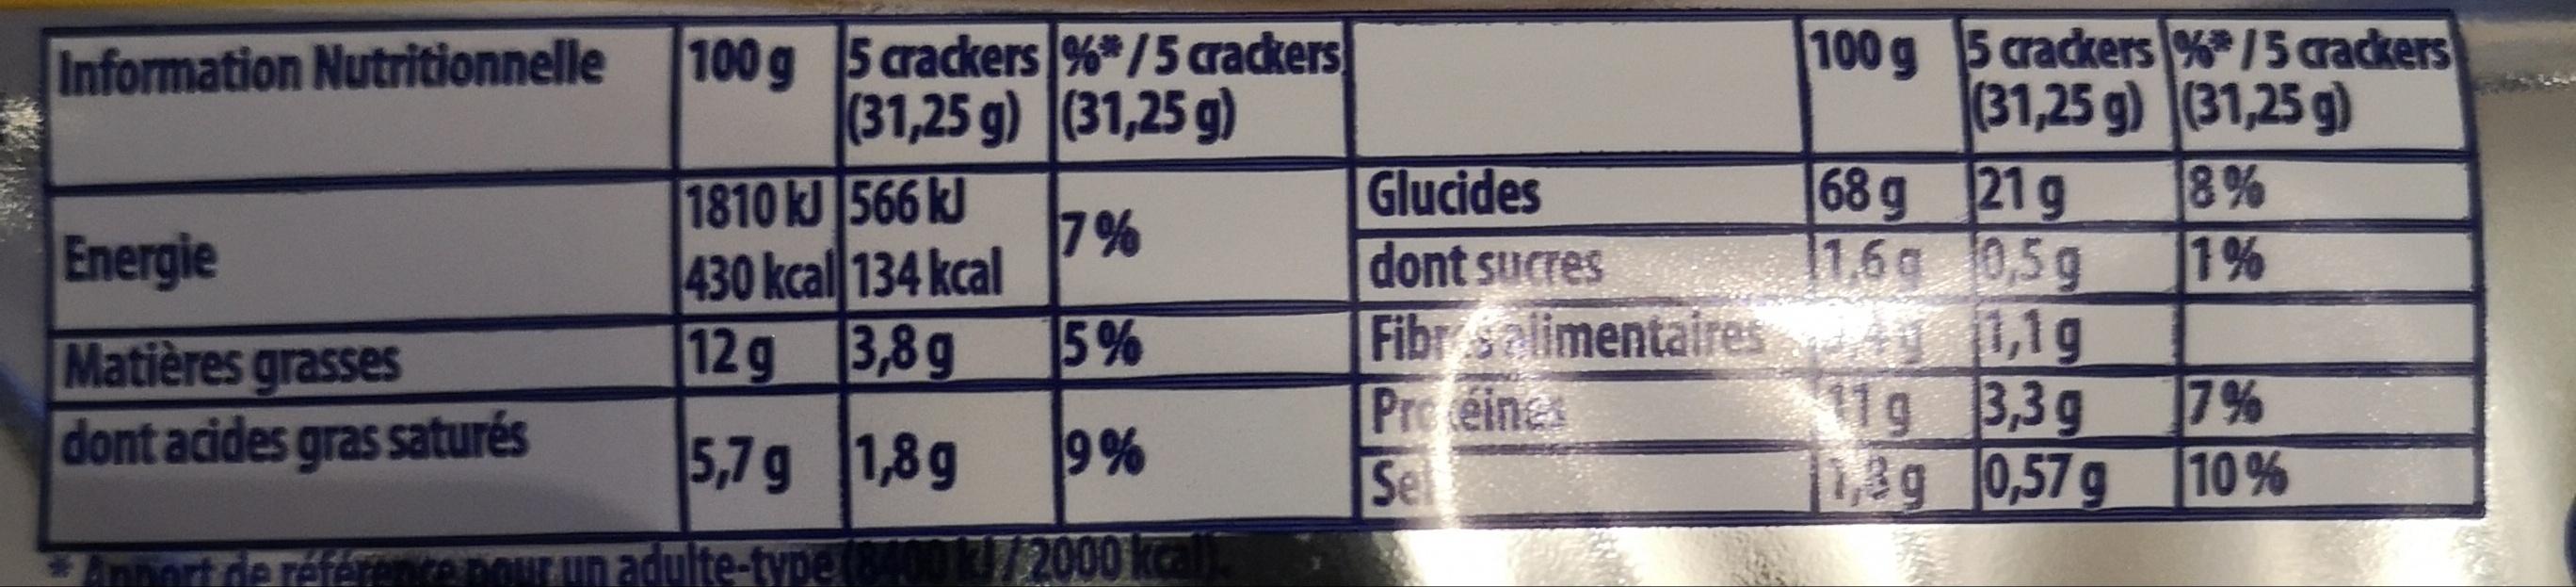
Information Nutritionnelle
Energie
Matières grasses dont acides gras saturés
100 g 5 crackers %*/5 crackers (31,25 g) (31,25 g)
1810 kJ 566 kJ
7%
430 kcal 134 kcal
12g 3,8g 15%
5,7 g 1,8g 9%
Apport de référence pour un adulte-type (8400k/2000 kcall
Glucides
dont sucres
Fibr Salimentaires
Protéines
Sel
100 g
68 g
1.6g
5 crackers %/5 crackers (31,25 g) (31,25 g)
8%
1%
21 g
0,5g
1,1g
11g
3,3g
1,3 g 0,57 g
7%
10%